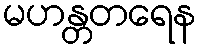
မဟန္တတရေန